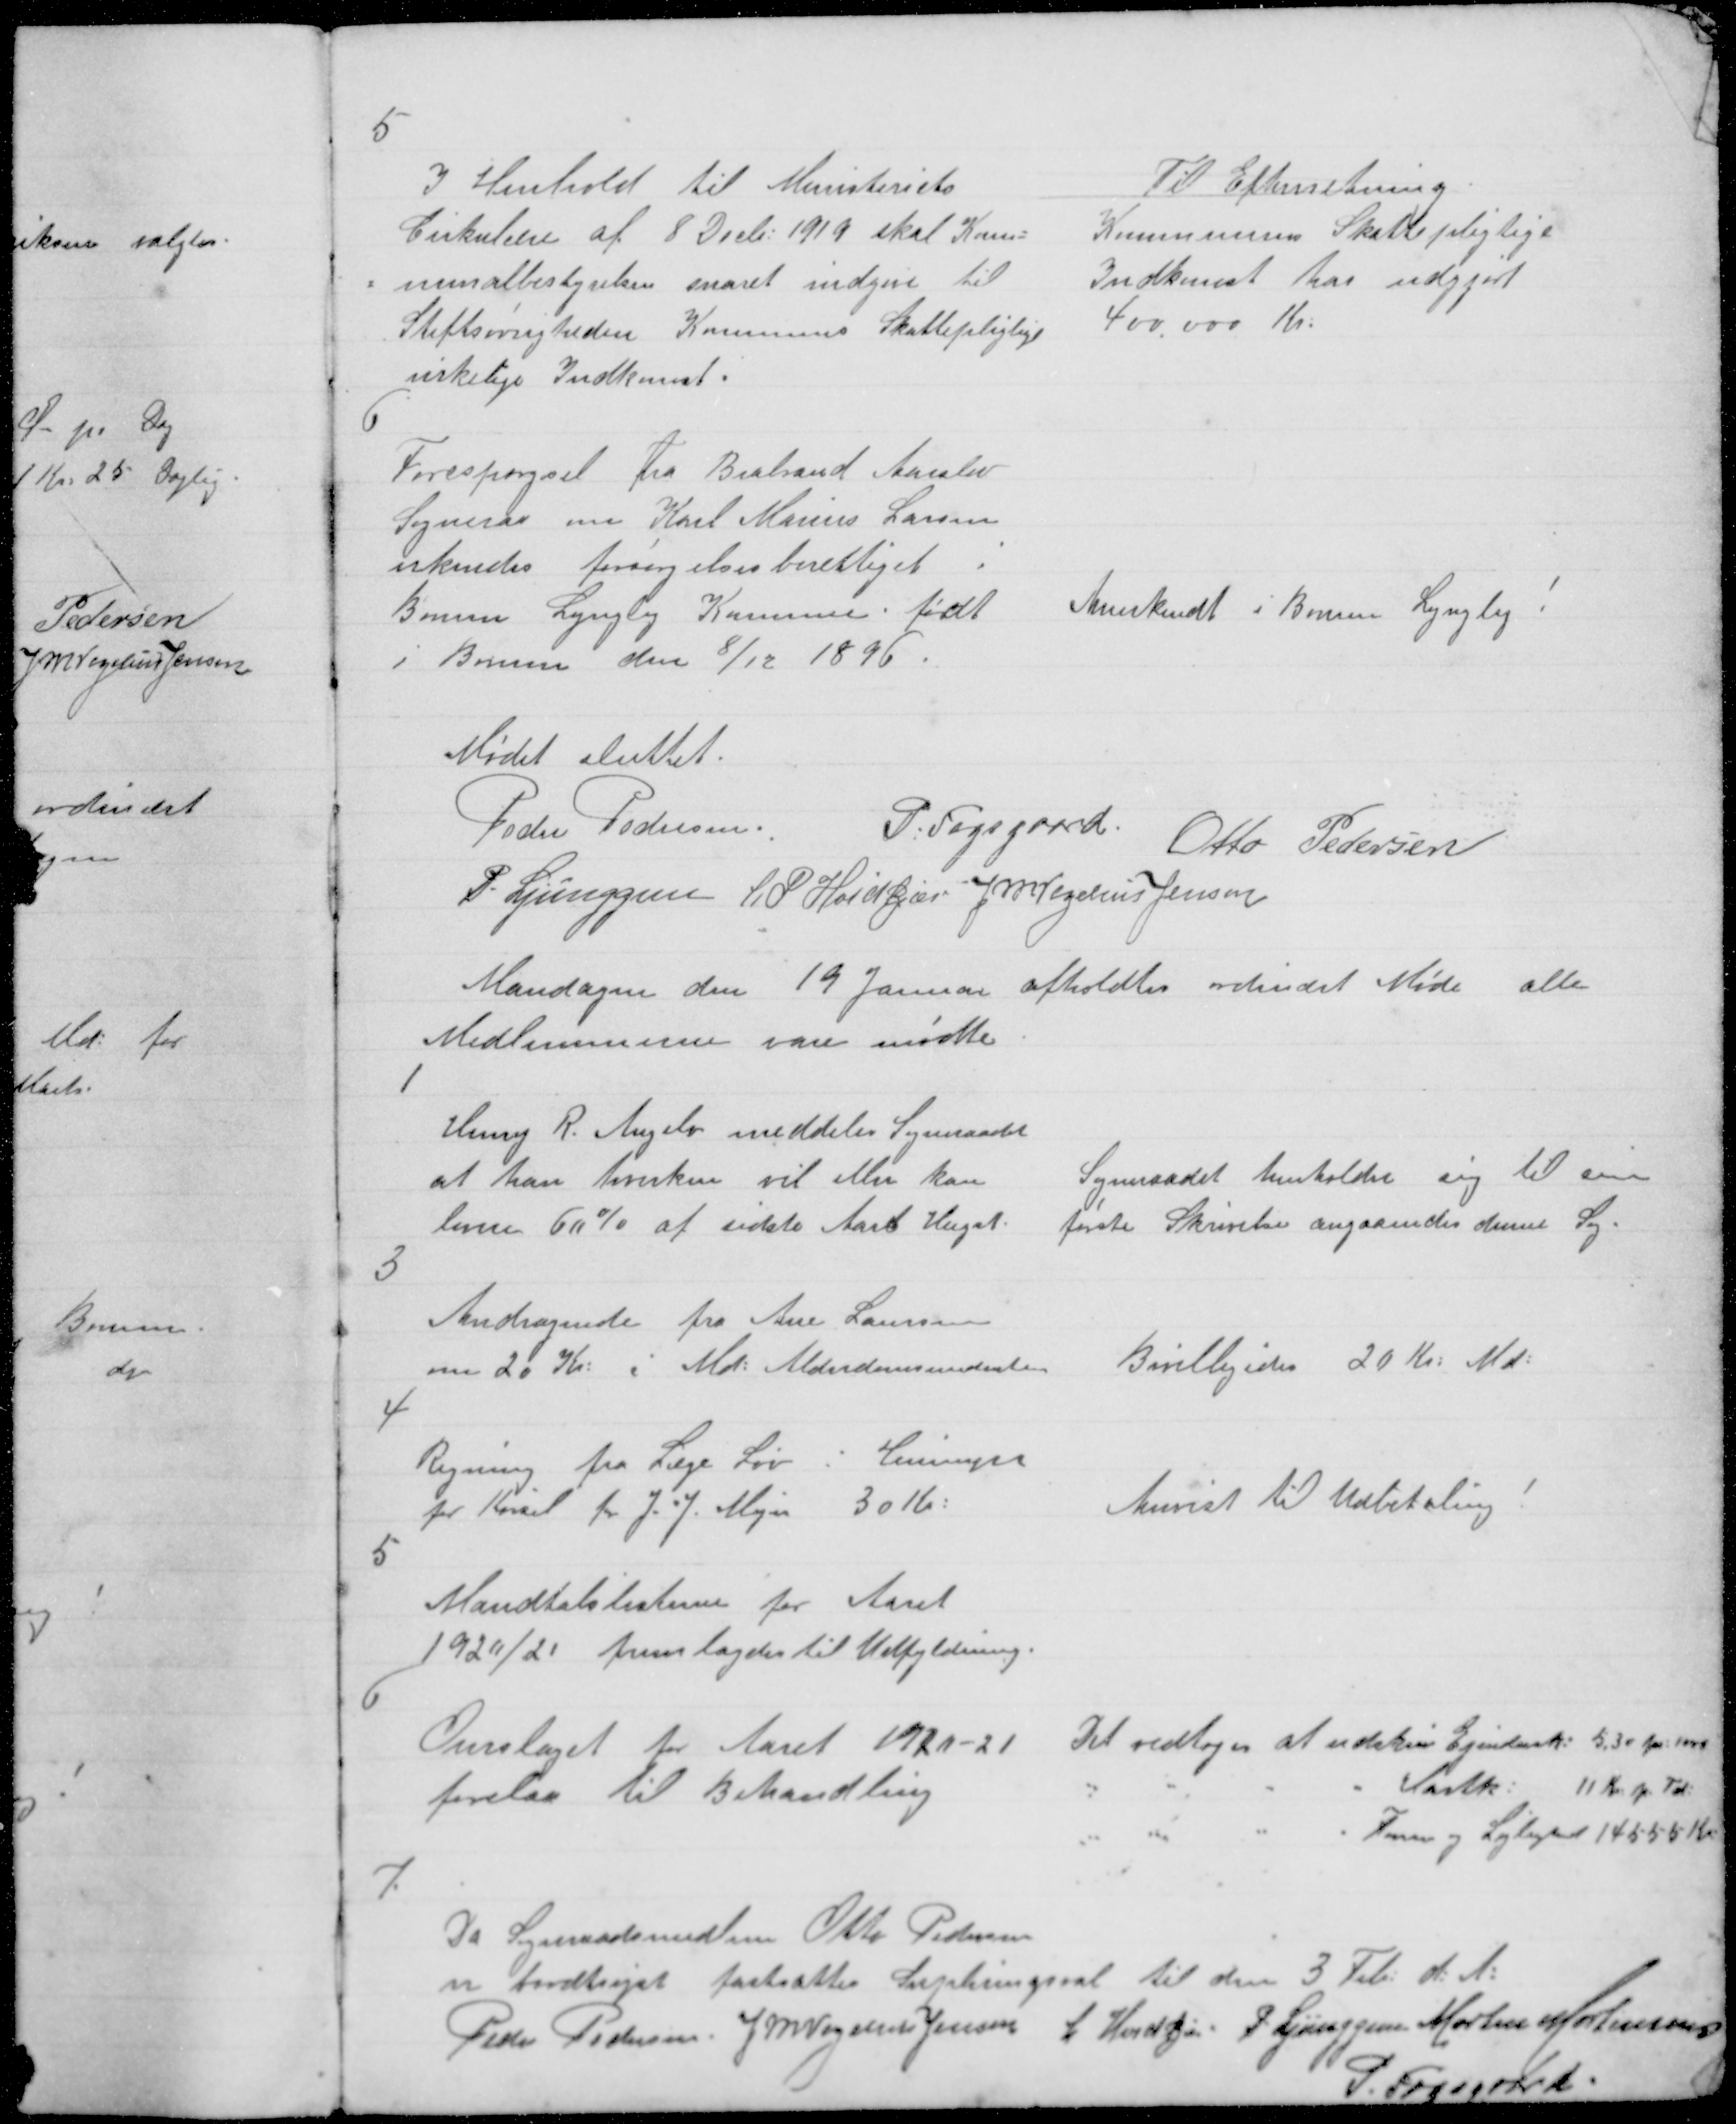
Transskription:
5

I Henhold til Ministeriets
Ciskulelse af 8 Decb. 1919 skal Kam
=minalbestyrelse snaret indgive til
Stiftsøvrigtden Komunes Skattepliglige
irkelige Indkemsti

Til Efterrretning
Kommunens Skattepligtige
Indkemst har udgjort
400.000 Kr.

6

Forespørgsel fra Brabrand Aaralev
Sogneraa em Karl Marius Larsen
erkendes forsørgelsesberettiget i
Borum Lyngby Koune født
i Borum den 8/12 1896.

Anerkendt i Borum Lyngby.

Mødet sluttet.
Peder Pedersen
P. Fogsgaard
Otto Pedersen
P. Ljunggren L. S. Hoidkjær Kritenns Jensen

Mandagen den 19 Januar afholdtes rdendet Møde alle
Medlemmerne vare mødte

1

Henry R. Angelo meddeler Sogneraadet
at han hvirken vil eller kan
linse 60% at sidste Aars Huget.

Sogneraadet henholder sig til e
første Skrivelse angaaendes denne Sy=

3

Andragende fra Ane Laursen
om 26 Kr. i Md. Alderdemsundente

Bevilligedes 20 Kr Md=

4

Regning fra Læge Lov i Lnnugr
for Krsel for J. J Mejer
3016.

Anvist til Udbetaling

5

Mandtalslisterne for Aaret
1926/2 fremlagdes til Udfyldning.

6

Overslaget tir Aaret 1929-21
forelaa til Behandling

Det vedtoges at udsku Ejendenk 5,30 pr 1000
"
"
"
"
Cartk:
11 Kr pr Td
"
d
"
Fu og Løjligd 14558 Kr

7

Da Synaadsmedtem Otto Pedersen
en foodtrajet fastsættes Sunlningsral til den 3 Tib d. A.
Peder Pedersen Jeegns Jensen L HendJen P Ljunggren Morten Mortensen
S. Tosserrd